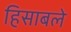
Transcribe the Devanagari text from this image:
हिसाबले